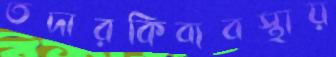
তদারকিব্যবস্থায়